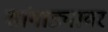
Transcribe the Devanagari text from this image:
सांगाड्यावर